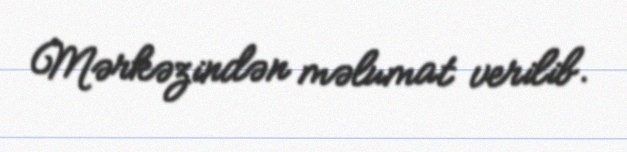
Mərkəzindən məlumat verilib.